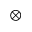
\otimes